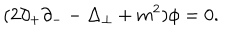
LaTeX: ( 2 \partial _ { + } \partial _ { - } - \Delta _ { \perp } + m ^ { 2 } ) { \phi } = 0 .